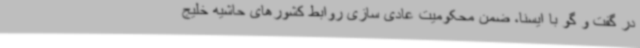
در گفت و گو با ایسنا، ضمن محکومیت عادی سازی روابط کشورهای حاشیه خلیج